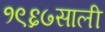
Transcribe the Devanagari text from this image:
१९६७साली